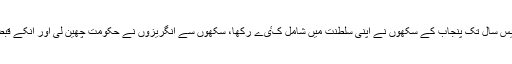
یعنی پچیس سال قبل جو ”کشمیر“ افغانیوں کے زیر تسلط تھا اسے کم و بیش پچیس سال تک پنجاب کے سکھوں نے اپنی سلطنت میں شامل کٸے رکھا، سکھوں سے انگریزوں نے حکومت چھین لی اور انکے قبضے میں موجود کشمیر کو اپنے ٹاوٹ گلاب سنگھ کے ہاتھوں فروخت کر ڈالا۔